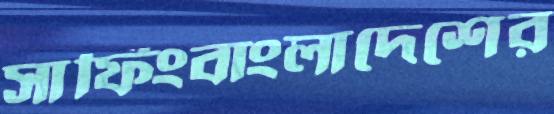
সার্ফিংবাংলাদেশের